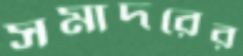
সমাদরের